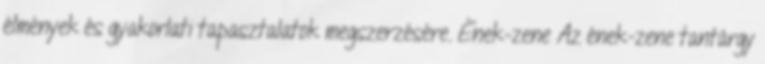
élmények és gyakorlati tapasztalatok megszerzésére. Ének-zene Az ének-zene tantárgy